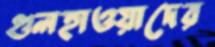
গুলহাওয়াদের